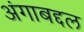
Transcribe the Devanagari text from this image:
अंगाबद्दल